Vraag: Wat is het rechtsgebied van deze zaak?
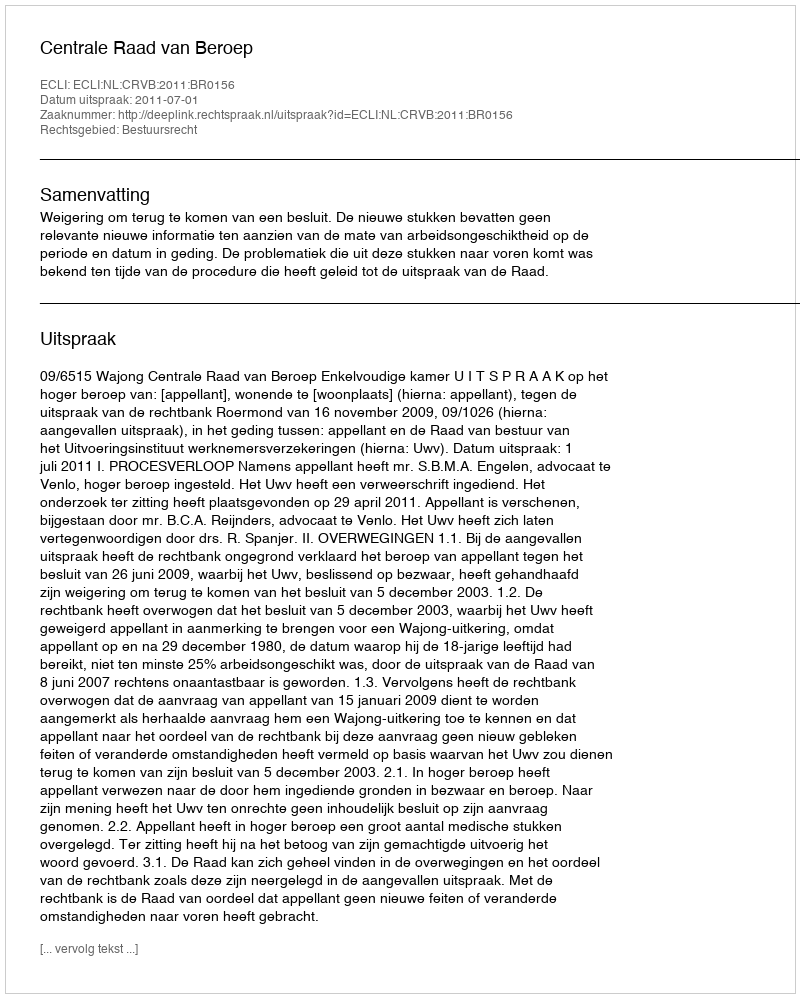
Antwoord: Bestuursrecht